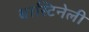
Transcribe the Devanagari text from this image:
बास्टिनेली